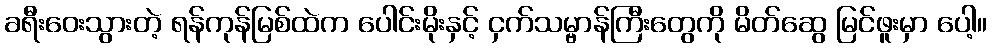
ခရီးဝေးသွားတဲ့ ရန်ကုန်မြစ်ထဲက ပေါင်းမိုးနှင့် ငှက်သမ္ဗာန်ကြီးတွေကို မိတ်ဆွေ မြင်ဖူးမှာ ပေါ့။